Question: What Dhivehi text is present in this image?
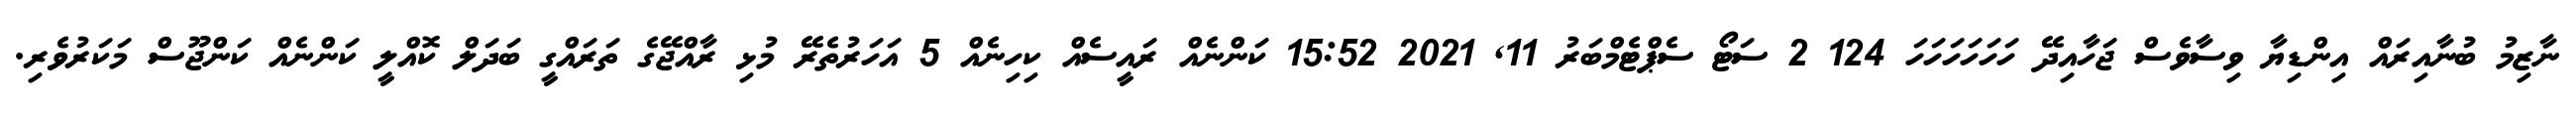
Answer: ނާޒިމު ބުނާއިރައް އިންޑިޔާ ވިސާވެސް ޖަހާއިދޭ ހަހަހަހަހަހަ 124 2 ސަޓޯ ސެޕްޓެމްބަރު 11, 2021 15:52 ކަންނެއް ރައީސެއް ކިހިނެއް 5 އަހަރުތެރޭ މުޅި ރާއްޖޭގެ ތަރައްގީ ބަދަލް ކޮއްލީ ކަންނެއް ކަންޖޫސް މަކަރުވެރި.